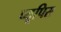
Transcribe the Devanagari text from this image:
प्यूपिस